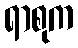
ရာစုက